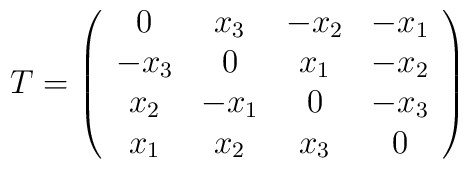
T = \left( \begin{array}{cccc} 0 & x_{3} & -x_{2} & -x_{1} \\ -x_{3} & 0 &x_{1} & -x_{2} \\ x_{2} & -x_{1} & 0 & -x_{3} \\ x_{1} & x_{2} & x_{3} & 0\end{array} \right)